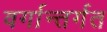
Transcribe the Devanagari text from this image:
वर्गान्तर्गत